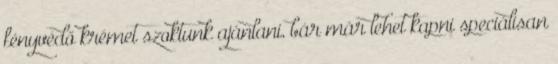
fényvédő krémet szoktunk ajánlani, bár már lehet kapni speciálisan